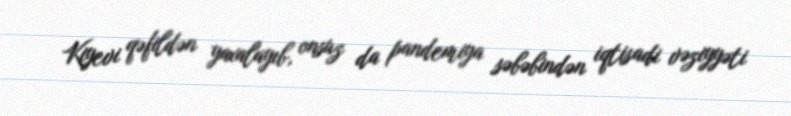
Kiyevi qəfildən yaxalayıb, onsuz da pandemiya səbəbindən iqtisadi vəziyyəti